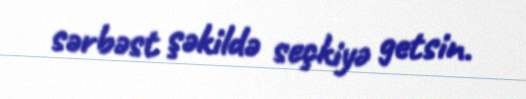
sərbəst şəkildə seçkiyə getsin.